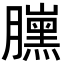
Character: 𦢜